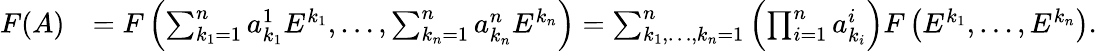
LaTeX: {\begin{array}{rl}{F(A)}&{=F\left(\sum_{k_{1}=1}^{n}a_{k_{1}}^{1}E^{k_{1}},\dots,\sum_{k_{n}=1}^{n}a_{k_{n}}^{n}E^{k_{n}}\right)=\sum_{k_{1},\dots,k_{n}=1}^{n}\left(\prod_{i=1}^{n}a_{k_{i}}^{i}\right)F\left(E^{k_{1}},\dots,E^{k_{n}}\right).}\end{array}}